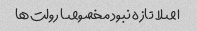
اصلا تازه نبود مخصوصا رولت‌ها